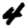
Digit: 4